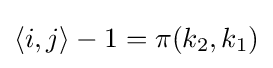
\langle i,j\rangle -1=\pi (k_{2},k_{1})